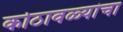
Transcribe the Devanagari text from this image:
कोठावळ्यांचा